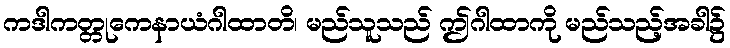
ကဒါကတ္တုကေနာယံဂါထာတိ၊ မည်သူသည် ဤဂါထာကို မည်သည့်အခါ၌